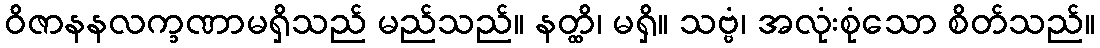
ဝိဇာနနလက္ခဏာမရှိသည် မည်သည်။ နတ္ထိ၊ မရှိ။ သဗ္ဗံ၊ အလုံးစုံသော စိတ်သည်။